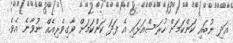
އަދި ނުބައި ކަންކަމަށް ހުރަސްއަޅައި އެ ފަދަ ކަންކަމަށް ވާގިވެރިއެއް ނުވާނެ އެވެ.